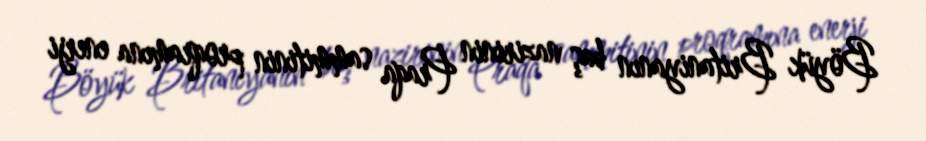
Böyük Britaniyanın baş nazirinin Praqa sammitinin proqramına enerji